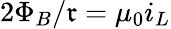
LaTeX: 2\Phi_{B}/\mathfrak{r}=\mu_{0}i_{L}